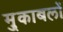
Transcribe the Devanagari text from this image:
मु्काबलों